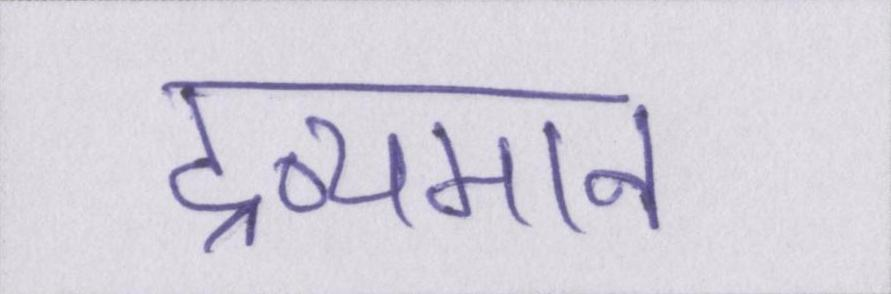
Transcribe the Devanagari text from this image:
द्रव्यमान